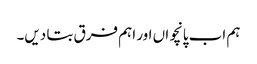
ہم اب پانچواں اور اہم فرق بتا دیں۔